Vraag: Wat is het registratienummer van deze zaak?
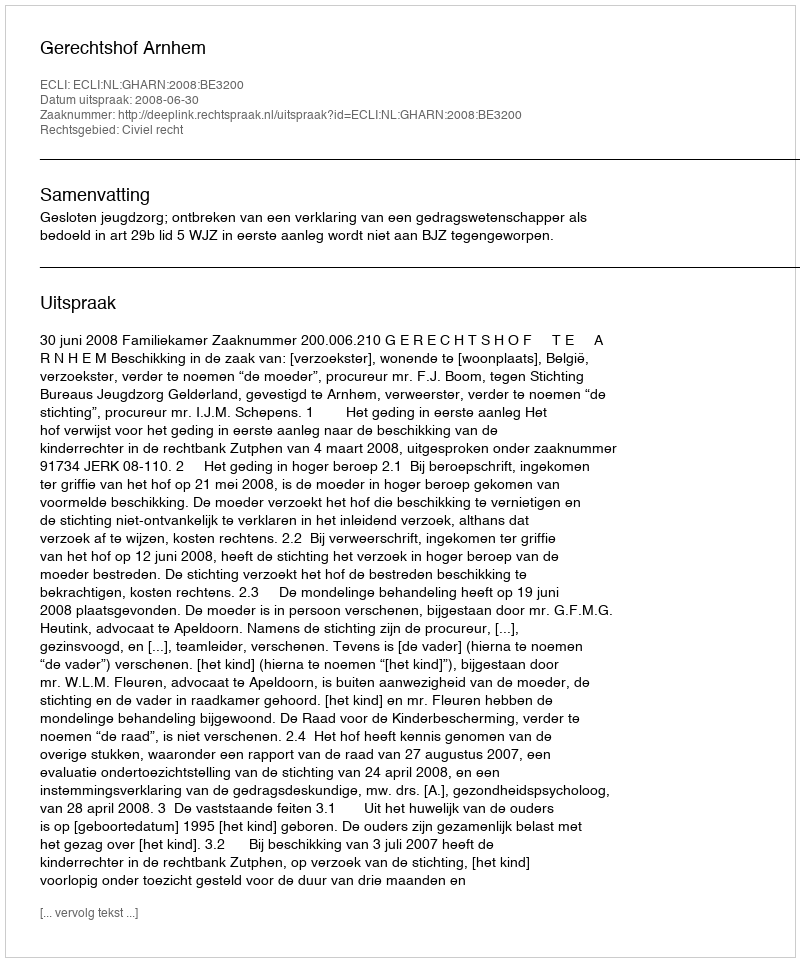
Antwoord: http://deeplink.rechtspraak.nl/uitspraak?id=ECLI:NL:GHARN:2008:BE3200